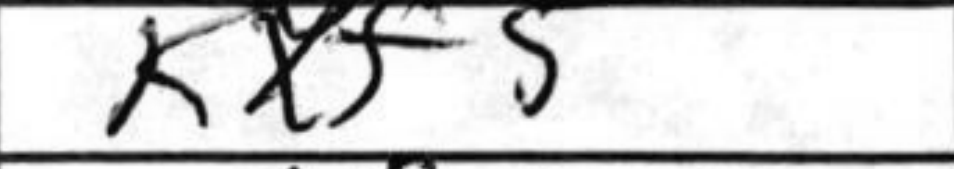
Transcription: Kxf5